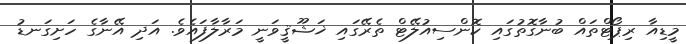
މީޑިއާ ރިޕޯޓްތައް ބުނާގޮތުގައި ކޮންސިއުލޭޓް ތެރޭގައި ޚަޝޫޤީވަނީ މަރާލާފައެވެ. އަދި އޭނާގެ ހަށިގަނޑު